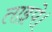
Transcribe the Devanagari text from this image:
ताइपे।